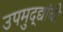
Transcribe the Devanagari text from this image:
उपमुद्द्यांची